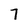
Character: 7